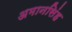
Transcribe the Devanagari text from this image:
अमानसिंह